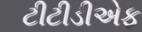
ટીટીડીએફ